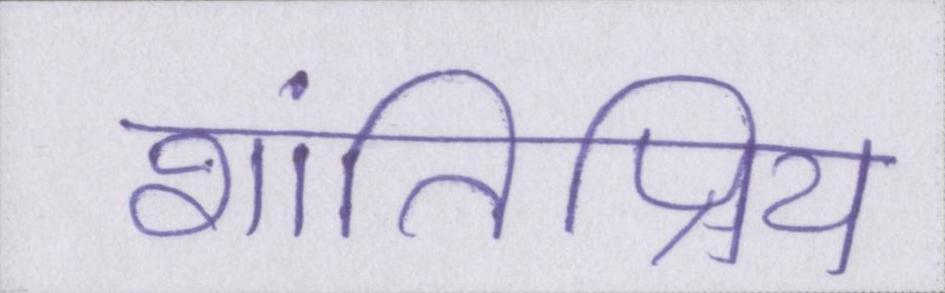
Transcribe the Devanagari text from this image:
शांतिप्रिय